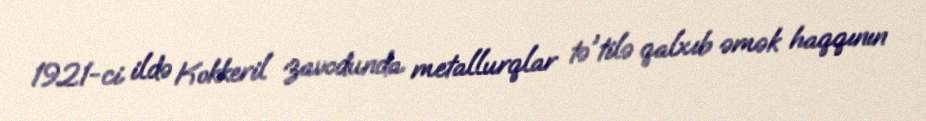
1921-ci ildə Kokkeril zavodunda metallurqlar tə'tilə qalxıb əmək haqqının